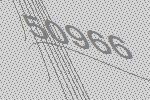
50966